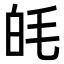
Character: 㿞